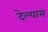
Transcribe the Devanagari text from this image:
देल्यास